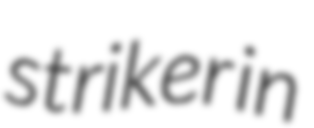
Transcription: striker in